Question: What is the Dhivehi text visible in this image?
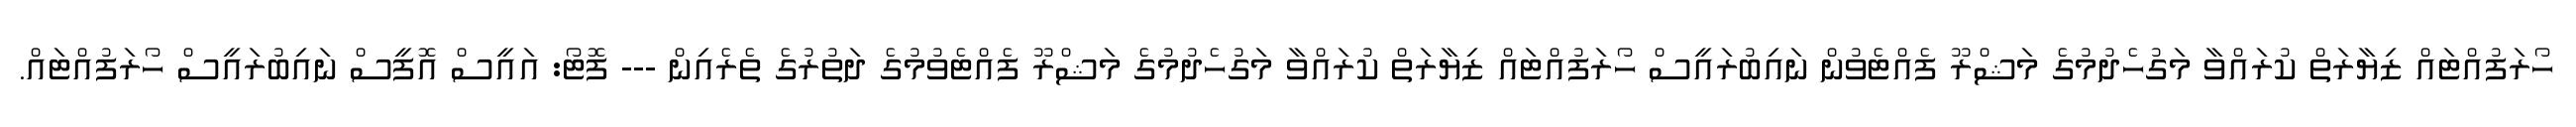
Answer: ހޯރަފުއްޓައް ޒިޔާރަތް ކުރައްވާ މަގުހެދުމުގެ މަޝްރޫ ފެއްޓެވުން ނައިބުރައީސް ހޯރަފުއްޓައް ޒިޔާރަތް ކުރައްވާ މަގުހެދުމުގެ މަޝްރޫ ފެއްޓެވުމުގެ ދަތުރުގެ ތެރެއިން --- ފޮޓޯ: އައީސް އޮފީސް ނައިބުރައީސް ހޯރަފުއްޓައް.